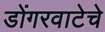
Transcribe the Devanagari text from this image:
डोंगरवाटेचे